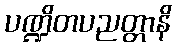
ပဏ္ဍိတပညတ္တာနိ